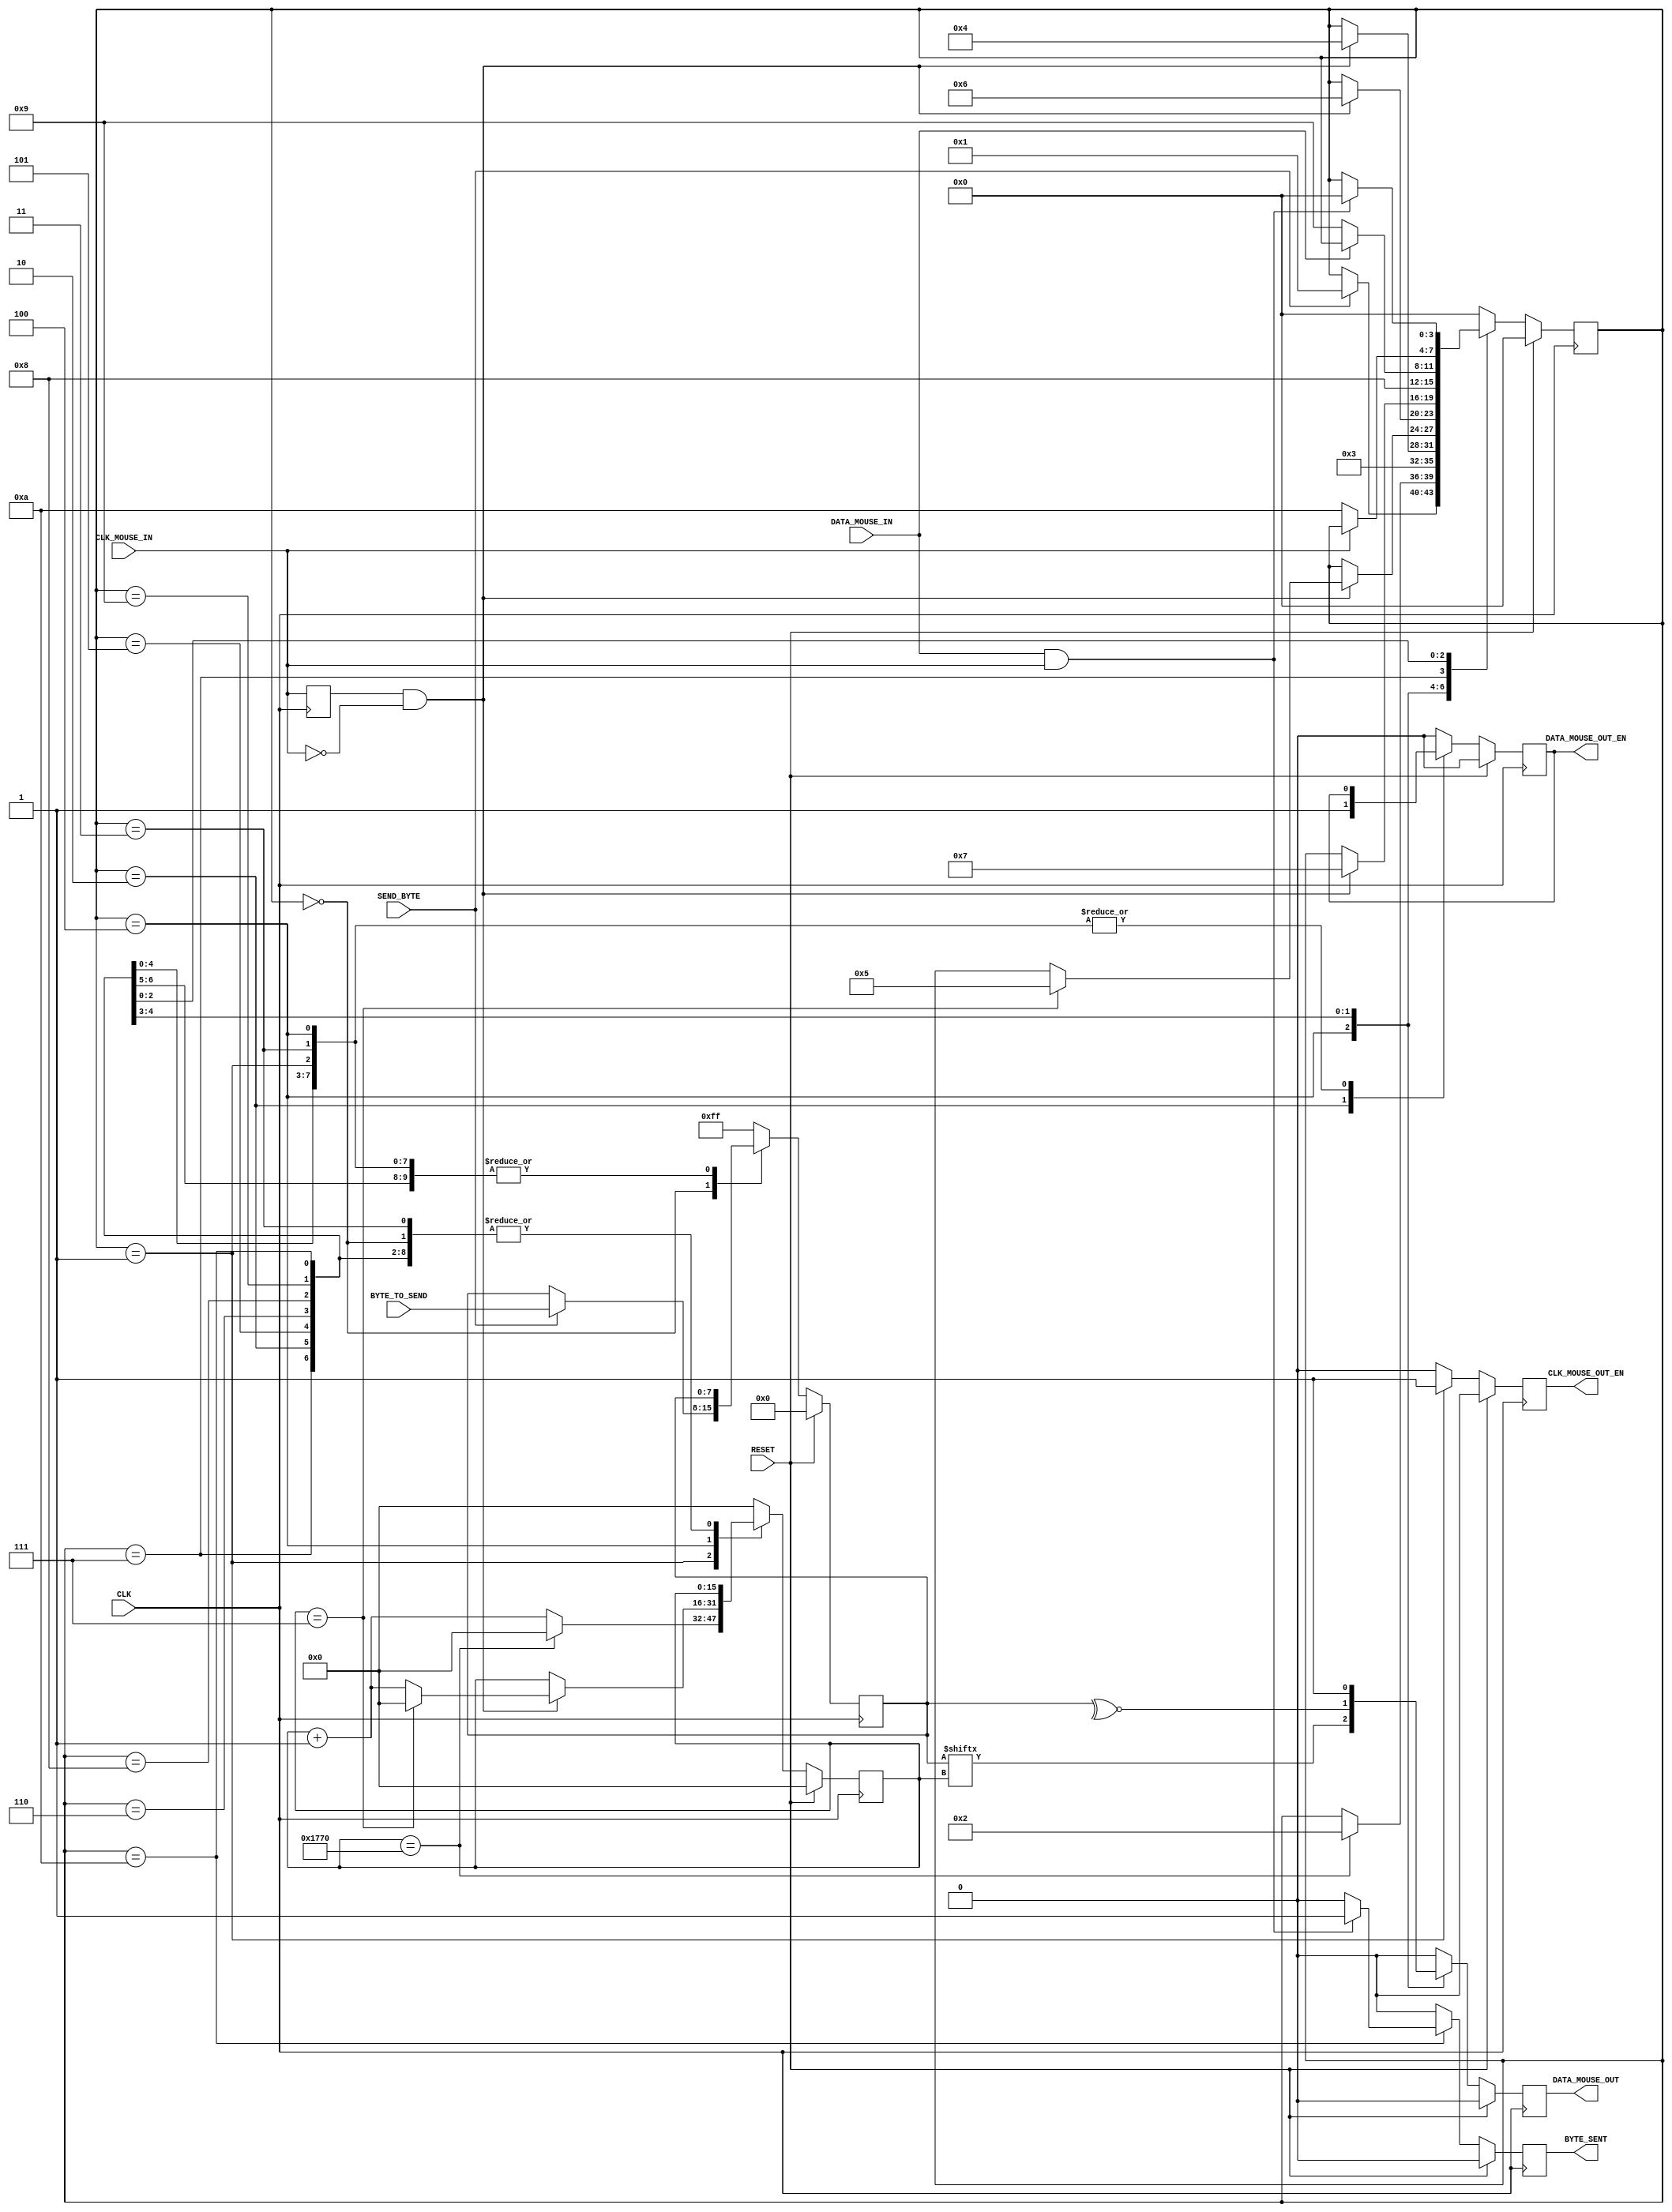
`timescale 1ns / 1ps
//////////////////////////////////////////////////////////////////////////////////
// Company: 
// Engineer: 
// 
// Design Name: 
// Module Name: MouseTransmitter
// Project Name: 
// Target Devices: 
// Tool Versions: 
// Description: 
// 
// Dependencies: 
// 
// Revision:
// Revision 0.01 - File Created
// Additional Comments:
// 
//////////////////////////////////////////////////////////////////////////////////


module MouseTransmitter(
        //Standard Inputs
        input RESET,
        input CLK,
        //Mouse IO - CLK
        input CLK_MOUSE_IN,
        output CLK_MOUSE_OUT_EN, // Allows for the control of the Clock line
        //Mouse IO - DATA
        input DATA_MOUSE_IN,
        output DATA_MOUSE_OUT,
        output DATA_MOUSE_OUT_EN,
        //Control
        input SEND_BYTE,
        input [7:0] BYTE_TO_SEND,
        output BYTE_SENT
    );

    //////////////////////////////////////////////////////////
    // Clk Mouse delayed to detect clock edges
    reg ClkMouseInDly;
    always@(posedge CLK)
        ClkMouseInDly <= CLK_MOUSE_IN;
        
        
    //////////////////////////////////////////////////////////
    //Now a state machine to control the flow of write data
    reg [3:0] Curr_State, Next_State;
    reg Curr_MouseClkOutWE, Next_MouseClkOutWE;
    reg Curr_MouseDataOut, Next_MouseDataOut;
    reg Curr_MouseDataOutWE, Next_MouseDataOutWE;
    reg [15:0] Curr_SendCounter, Next_SendCounter;
    reg Curr_ByteSent, Next_ByteSent;
    reg [7:0] Curr_ByteToSend, Next_ByteToSend;
    
    //Sequential
    always@(posedge CLK) begin
        if(RESET) begin
            Curr_State <= 4'h0;
            Curr_MouseClkOutWE <= 1'b0;
            Curr_MouseDataOut <= 1'b0;
            Curr_MouseDataOutWE <= 1'b0;
            Curr_SendCounter <= 0;
            Curr_ByteSent <= 1'b0;
            Curr_ByteToSend <= 0;
        end 
        else begin
            Curr_State <= Next_State;
            Curr_MouseClkOutWE <= Next_MouseClkOutWE;
            Curr_MouseDataOut <= Next_MouseDataOut;
            Curr_MouseDataOutWE <= Next_MouseDataOutWE;
            Curr_SendCounter <= Next_SendCounter;
            Curr_ByteSent <= Next_ByteSent;
            Curr_ByteToSend <= Next_ByteToSend;
        end
    end
    
    //Combinatorial
    always@* begin
    //default values
        Next_State = Curr_State;
        Next_MouseClkOutWE = 1'b0;
        Next_MouseDataOut = 1'b0;
        Next_MouseDataOutWE = Curr_MouseDataOutWE;
        Next_SendCounter = Curr_SendCounter;
        Next_ByteSent = 1'b0;
        Next_ByteToSend = Curr_ByteToSend;
        
        case(Curr_State)
            //IDLE
            4'h0 : begin
                if(SEND_BYTE) begin
                    Next_State = 4'h1;
                    Next_ByteToSend = BYTE_TO_SEND;
                end
                Next_MouseDataOutWE = 1'b0;
            end
            
            //Bring Clock line low for at least 100 microsecs i.e. 5000 clock cycles @ 50MHz
            4'h1 : begin
                if(Curr_SendCounter == 6000) begin
                    Next_State = 4'h2;
                    Next_SendCounter = 0;
                end 
                else
                    Next_SendCounter = Curr_SendCounter + 1'b1;
                    
                Next_MouseClkOutWE = 1'b1;
            end
            
            //Bring the Data Line Low and release the Clock line
            4'h2 : begin
                Next_State = 4'h3;
                Next_MouseDataOutWE = 1'b1;
            end
            
            //Start Sending
            4'h3 : begin // change data at falling edge of clock, start bit = 0
                if(ClkMouseInDly & ~CLK_MOUSE_IN)
                    Next_State = 4'h4;
            end
            
            //Send Bits 0 to 7 - We need to send the byte
            4'h4 : begin // change data at falling edge of clock
                if(ClkMouseInDly & ~CLK_MOUSE_IN) begin
                    if(Curr_SendCounter == 7) begin
                        Next_State = 4'h5;
                        Next_SendCounter = 0;
                    end else
                        Next_SendCounter = Curr_SendCounter + 1'b1;
                end
                
                Next_MouseDataOut = Curr_ByteToSend[Curr_SendCounter];
            end
            
            //Send the parity bit
            4'h5 : begin // change data at falling edge of clock
                if(ClkMouseInDly & ~CLK_MOUSE_IN)
                    Next_State = 4'h6;
                    
                Next_MouseDataOut = ~^Curr_ByteToSend[7:0];
            end
            
            //Send the stop bit
            4'h6 : begin // change data at falling edge of clock
                if(ClkMouseInDly & ~CLK_MOUSE_IN)
                    Next_State = 4'h7;
                    
                Next_MouseDataOut = 1'b1;
            end
            
            //Release Data line
            4'h7 : begin
                Next_State = 4'h8;
                Next_MouseDataOutWE = 1'b0;
            end
            
            /*
            Wait for Device to bring Data line low, then wait for Device to bring Clock line low, and finally wait for
            Device to release both Data and Clock.
            */
            4'h8: begin
                if (~DATA_MOUSE_IN)
                    Next_State = 4'h9;
            end
            
            4'h9: begin
                if (~CLK_MOUSE_IN)
                    Next_State = 4'hA;
            end
            
            4'hA: begin
                if (DATA_MOUSE_IN & CLK_MOUSE_IN) begin
                    Next_State = 4'h0;
                    Next_ByteSent = 1'b1;
                end
            end
            
            default: begin
                Next_State = 4'h0;
                Next_MouseClkOutWE = 1'b0;
                Next_MouseDataOut = 1'b0;
                Next_MouseDataOutWE = 1'b0;
                Next_SendCounter = 0;
                Next_ByteSent = 1'b0;
                Next_ByteToSend = 8'hFF;
            end
            
        endcase
    end
    
    ///////////////////////////////////////////////////////////////
    //Assign OUTPUTs
    //Mouse IO - CLK
    assign CLK_MOUSE_OUT_EN = Curr_MouseClkOutWE;
    //Mouse IO - DATA
    assign DATA_MOUSE_OUT = Curr_MouseDataOut;
    assign DATA_MOUSE_OUT_EN = Curr_MouseDataOutWE;
    //Control
    assign BYTE_SENT = Curr_ByteSent;
    
endmodule